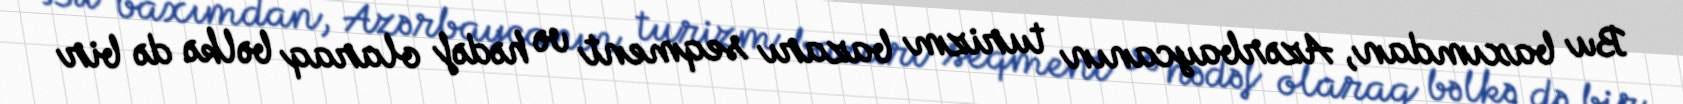
Bu baxımdan, Azərbaycanın turizm bazarı seqment və hədəf olaraq bəlkə də bir